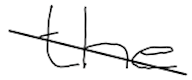
Text: the
Cross-out: diagonal
Writing tool: digital_black